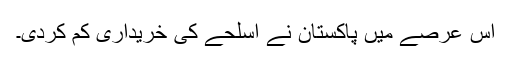
اس عرصے میں پاکستان نے اسلحے کی خریداری کم کردی۔